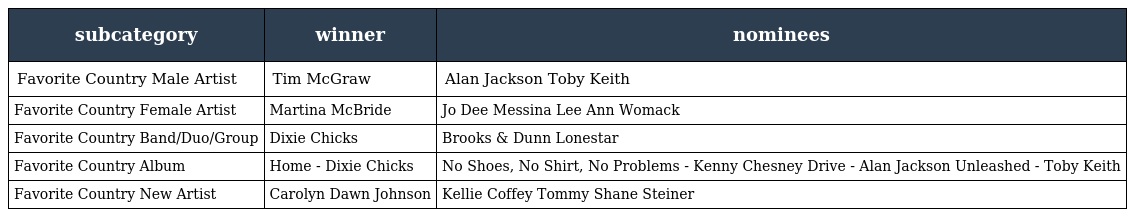
| subcategory | winner | nominees |
 | --- | --- | --- |
 | Favorite Country Male Artist | Tim McGraw | Alan Jackson Toby Keith |
 | Favorite Country Female Artist | Martina McBride | Jo Dee Messina Lee Ann Womack |
 | Favorite Country Band/Duo/Group | Dixie Chicks | Brooks & Dunn Lonestar |
 | Favorite Country Album | Home - Dixie Chicks | No Shoes, No Shirt, No Problems - Kenny Chesney Drive - Alan Jackson Unleashed - Toby Keith |
 | Favorite Country New Artist | Carolyn Dawn Johnson | Kellie Coffey Tommy Shane Steiner |